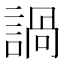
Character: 諣